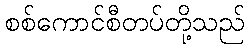
စစ်ကောင်စီတပ်တို့သည်